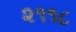
૨૧૧૮